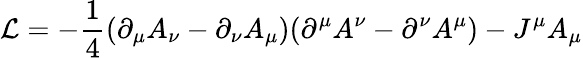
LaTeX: \mathcal{L}=-\frac{1}{4}(\partial_{\mu}A_{\nu}-\partial_{\nu}A_{\mu})(\partial^{\mu}A^{\nu}-\partial^{\nu}A^{\mu})-J^{\mu}A_{\mu}